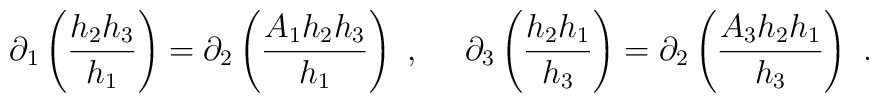
\partial_1 \left(\frac{h_2h_3}{h_1}\right) = \partial_2 \left(\frac{A_1h_2h_3}{h_1}\right)~,~~~~ \partial_3 \left(\frac{h_2h_1}{h_3}\right) = \partial_2 \left(\frac{A_3h_2h_1}{h_3}\right)~.